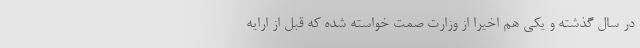
در سال گذشته و يكي هم اخيراً از وزارت صمت خواسته شده که قبل از ارایه